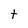
Character: t